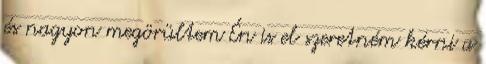
és nagyon megörültem Én is el szeretném kérni a